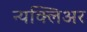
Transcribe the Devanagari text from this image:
न्यक्लिअर